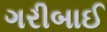
ગરીબાઈ